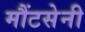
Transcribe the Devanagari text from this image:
मौंटसेनी